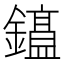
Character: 𫓕